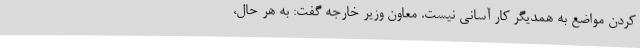
کردن مواضع به همدیگر کار آسانی نیست. معاون وزیر خارجه گفت: به هر حال،